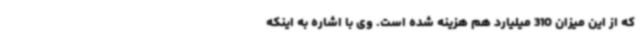
که از این میزان 310 میلیارد هم هزینه شده است. وی با اشاره به اینکه